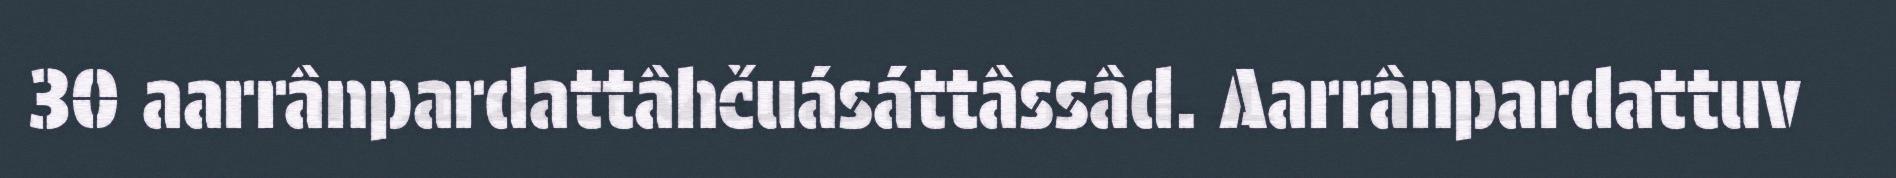
30 aarrânpardattâhčuásáttâssâd. Aarrânpardattuv